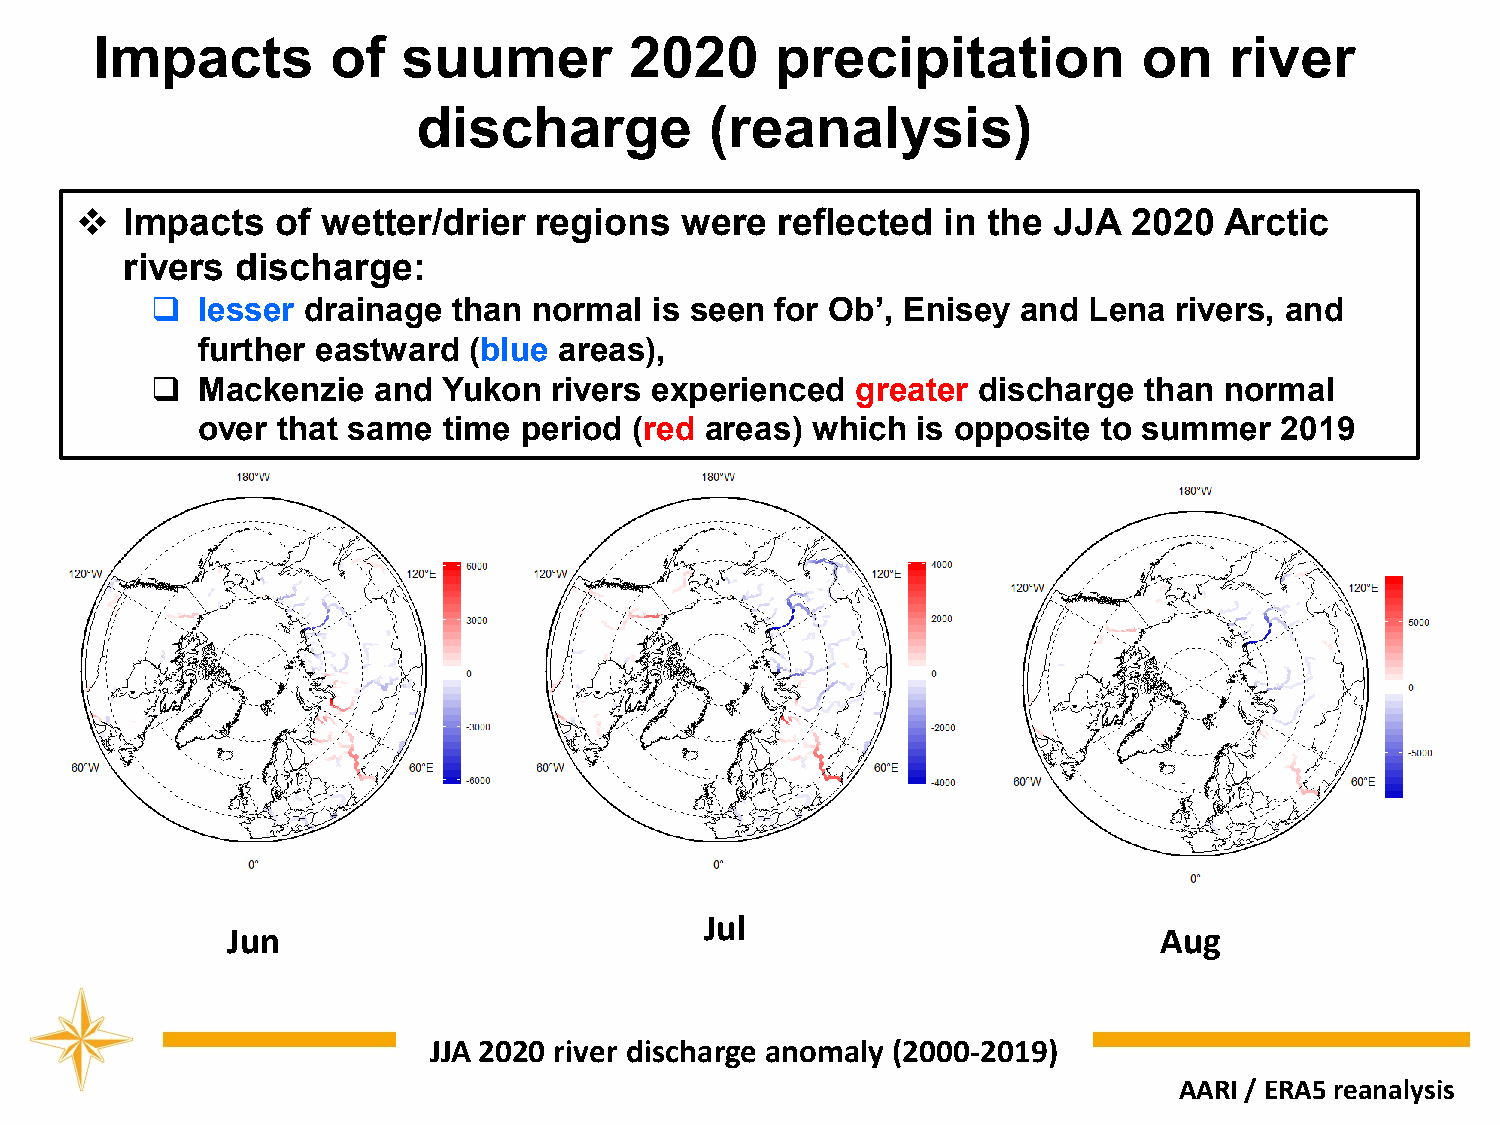
Impacts         of   suumer         2020     precipitation            on   river
 discharge          (reanalysis)
 ❖  Impacts   of wetter/drier  regions   were  reflected  in the  JJA  2020  Arctic
 rivers  discharge:
 ❑  lesser drainage  than normal  is seen for Ob’, Enisey  and Lena  rivers, and
 further eastward  (blue areas),
 ❑  Mackenzie   and Yukon  rivers experienced   greater discharge  than normal
 over that same  time  period (red areas) which  is opposite to summer   2019
 Jul
 Jun                                                           Aug
 JJA 2020 river discharge anomaly (2000-2019)
 AARI / ERA5 reanalysis